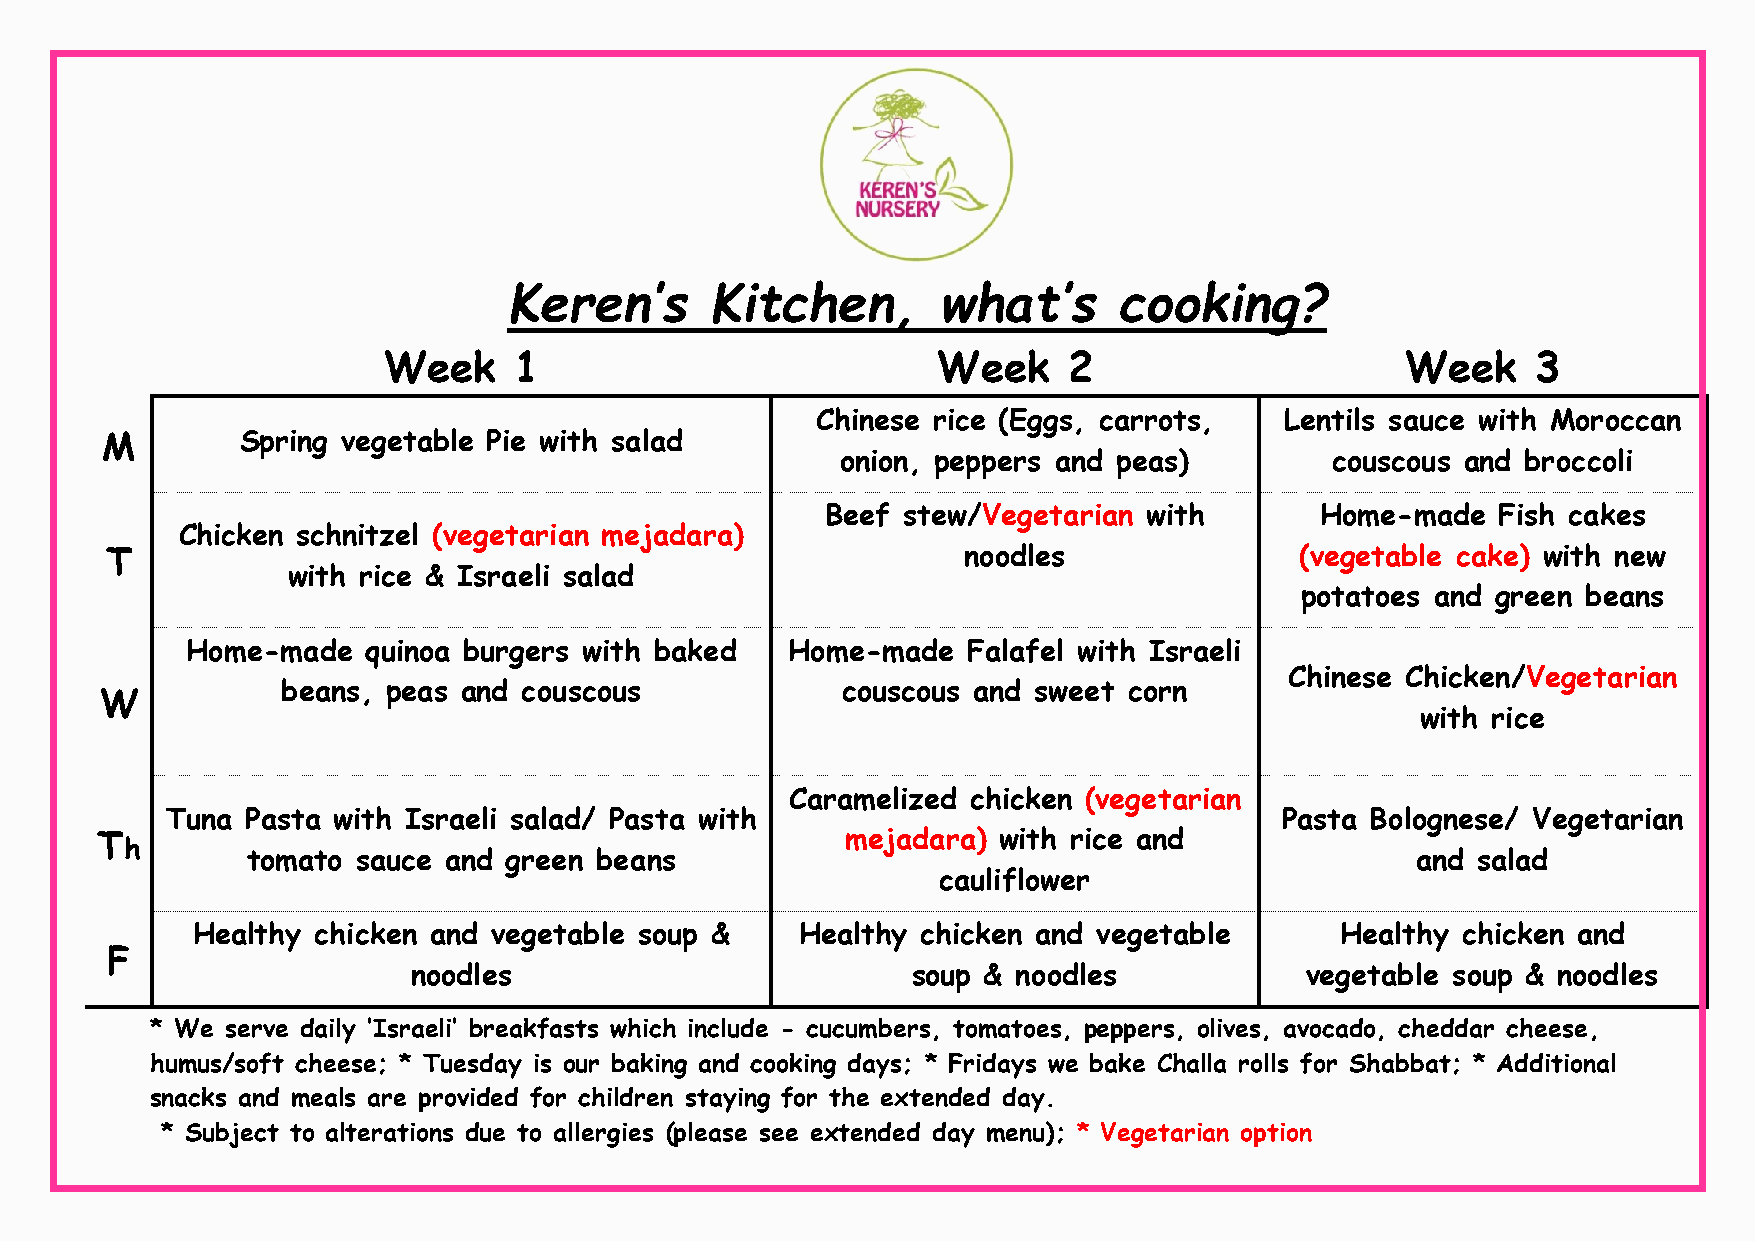
Keren’s      Kitchen,       what’s      cooking?
 Week     1                           Week     2                     Week     3
 Chinese rice (Eggs, carrots,   Lentils sauce with Moroccan
 M        Spring vegetable Pie with salad
 onion, peppers and peas)        couscous and broccoli
 Beef stew/Vegetarian with       Home-made   Fish cakes
 Chicken schnitzel (vegetarian mejadara)
 T                                                        noodles               (vegetable cake) with new
 with rice & Israeli salad
 potatoes and green beans
 Home-made   quinoa burgers with baked   Home-made   Falafel with Israeli
 Chinese Chicken/Vegetarian
 beans, peas and couscous             couscous and sweet corn
 W
 with rice
 Caramelized chicken (vegetarian
 Tuna Pasta with Israeli salad/ Pasta with                                 Pasta Bolognese/ Vegetarian
 Th                                                mejadara) with rice and
 tomato  sauce and green beans                                                 and salad
 cauliflower
 Healthy chicken and vegetable soup &    Healthy chicken and vegetable       Healthy chicken and
 F
 noodles                          soup & noodles            vegetable soup & noodles
 * We serve daily ‘Israeli’ breakfasts which include - cucumbers, tomatoes, peppers, olives, avocado, cheddar cheese,
 humus/soft cheese; * Tuesday is our baking and cooking days; * Fridays we bake Challa rolls for Shabbat; * Additional
 snacks and meals are provided for children staying for the extended day.
 * Subject to alterations due to allergies (please see extended day menu); * Vegetarian option